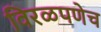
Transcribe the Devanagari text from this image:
विरळपणेच